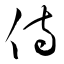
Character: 侍